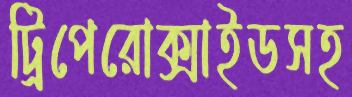
ট্রিপেরোক্সাইডসহ